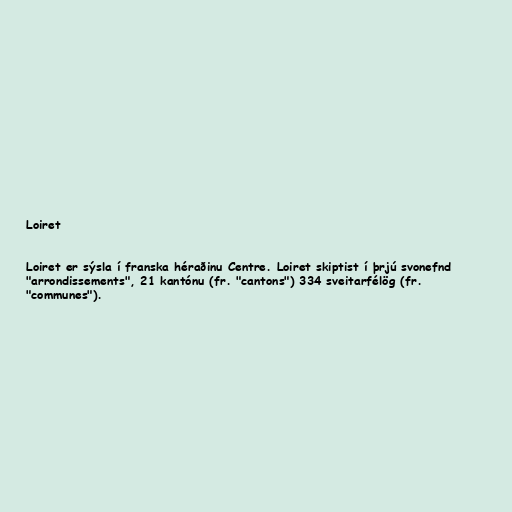
Loiret

Loiret er sýsla í franska héraðinu Centre. Loiret skiptist í þrjú svonefnd
"arrondissements", 21 kantónu (fr. "cantons") 334 sveitarfélög (fr.
"communes").